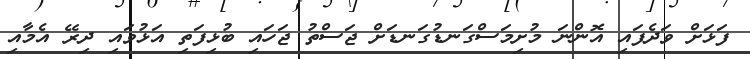
ފަޅަށް ވަދެފައި އޮންނަ މުށިމަސްގަނޑުގަނޑަށް ޖަސްތު ޖަހައި ބުޅިފަތި އަޅުވައި ދިރޭ އެމާއި